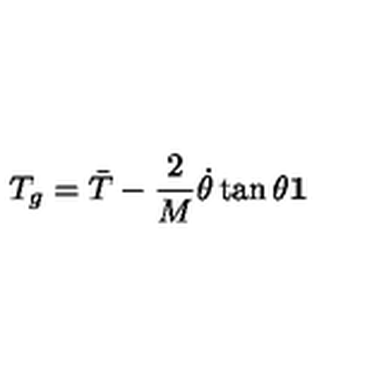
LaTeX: T _ { g } = { \bar { T } } - \frac { 2 } { M } { \dot { \theta } } \tan \theta \bf { 1 }